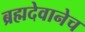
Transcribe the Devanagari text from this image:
ब्रह्मदेवानेच